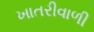
ખાતરીવાળી